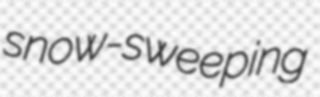
snow-sweeping